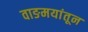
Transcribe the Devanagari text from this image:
वाङमयांतून